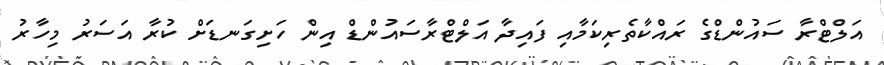
އަލްޓްރާ ސައުންޑްގެ ރައްކާތެރިކަމާއި ފައިދާ އަލްޓްރާސައުންޑް އިން ހަށިގަނޑަށް ކުރާ އަސަރު މިހާރު